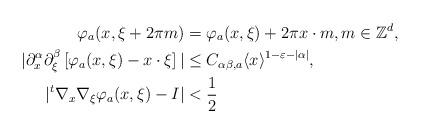
LaTeX: \begin{align*} \varphi_a(x,\xi+2\pi m)&=\varphi_a(x,\xi)+2\pi x\cdot m, m\in\mathbb{Z}^d, \\|\partial_x^\alpha\partial_\xi^\beta\left[\varphi_a(x,\xi)-x\cdot\xi\right]|&\leq C_{\alpha\beta,a} \langle x\rangle^{1-\varepsilon-|\alpha|}, \\|{}^t\nabla_x\nabla_\xi\varphi_a(x,\xi)-I|&<\frac{1}{2} \end{align*}